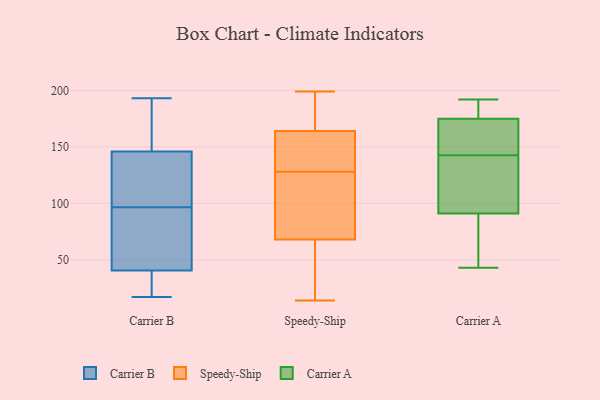
{"axis": {"x": "LTV (USD)", "y": "Value"}, "legend": ["Carrier A", "Carrier B", "Speedy-Ship"], "data": [{"x": "", "y": 53, "type": "Carrier B"}, {"x": "", "y": 56, "type": "Carrier B"}, {"x": "", "y": 24, "type": "Carrier B"}, {"x": "", "y": 104, "type": "Carrier B"}, {"x": "", "y": 89, "type": "Carrier B"}, {"x": "", "y": 144, "type": "Carrier B"}, {"x": "", "y": 147, "type": "Carrier B"}, {"x": "", "y": 145, "type": "Carrier B"}, {"x": "", "y": 17, "type": "Carrier B"}, {"x": "", "y": 193, "type": "Carrier B"}, {"x": "", "y": 155, "type": "Carrier B"}, {"x": "", "y": 116, "type": "Carrier B"}, {"x": "", "y": 189, "type": "Carrier B"}, {"x": "", "y": 28, "type": "Carrier B"}, {"x": "", "y": 50, "type": "Carrier B"}, {"x": "", "y": 31, "type": "Carrier B"}, {"x": "", "y": 95, "type": "Speedy-Ship"}, {"x": "", "y": 126, "type": "Speedy-Ship"}, {"x": "", "y": 42, "type": "Speedy-Ship"}, {"x": "", "y": 180, "type": "Speedy-Ship"}, {"x": "", "y": 14, "type": "Speedy-Ship"}, {"x": "", "y": 199, "type": "Speedy-Ship"}, {"x": "", "y": 158, "type": "Speedy-Ship"}, {"x": "", "y": 134, "type": "Speedy-Ship"}, {"x": "", "y": 175, "type": "Speedy-Ship"}, {"x": "", "y": 130, "type": "Speedy-Ship"}, {"x": "", "y": 146, "type": "Speedy-Ship"}, {"x": "", "y": 47, "type": "Speedy-Ship"}, {"x": "", "y": 170, "type": "Speedy-Ship"}, {"x": "", "y": 77, "type": "Speedy-Ship"}, {"x": "", "y": 59, "type": "Speedy-Ship"}, {"x": "", "y": 113, "type": "Speedy-Ship"}, {"x": "", "y": 171, "type": "Carrier A"}, {"x": "", "y": 192, "type": "Carrier A"}, {"x": "", "y": 48, "type": "Carrier A"}, {"x": "", "y": 43, "type": "Carrier A"}, {"x": "", "y": 131, "type": "Carrier A"}, {"x": "", "y": 179, "type": "Carrier A"}, {"x": "", "y": 167, "type": "Carrier A"}, {"x": "", "y": 150, "type": "Carrier A"}, {"x": "", "y": 67, "type": "Carrier A"}, {"x": "", "y": 135, "type": "Carrier A"}, {"x": "", "y": 184, "type": "Carrier A"}, {"x": "", "y": 115, "type": "Carrier A"}]}